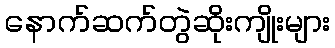
နောက်ဆက်တွဲဆိုးကျိုးများ